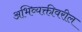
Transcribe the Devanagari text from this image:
अभिव्यक्तीवरील